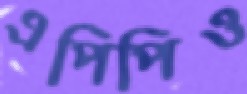
এপিপিও